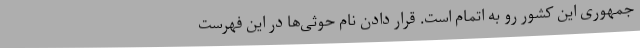
جمهوری این کشور رو به اتمام است. قرار دادن نام حوثی‌ها در این فهرست